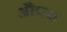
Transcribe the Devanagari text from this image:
औपरा